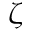
\zeta